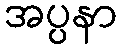
အပ္ပနာ